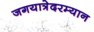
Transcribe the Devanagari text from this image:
जगयात्रेदरम्यान